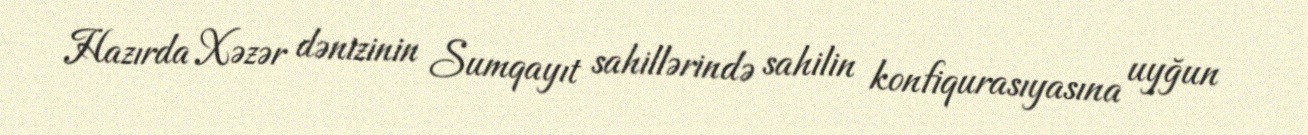
Hazırda Xəzər dənizinin Sumqayıt sahillərində sahilin konfiqurasıyasına uyğun